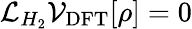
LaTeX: \mathcal{L}_{H_{2}}\mathcal{V}_{\mathrm{DFT}}[\rho]=0